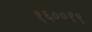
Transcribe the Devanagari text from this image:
१६००१९